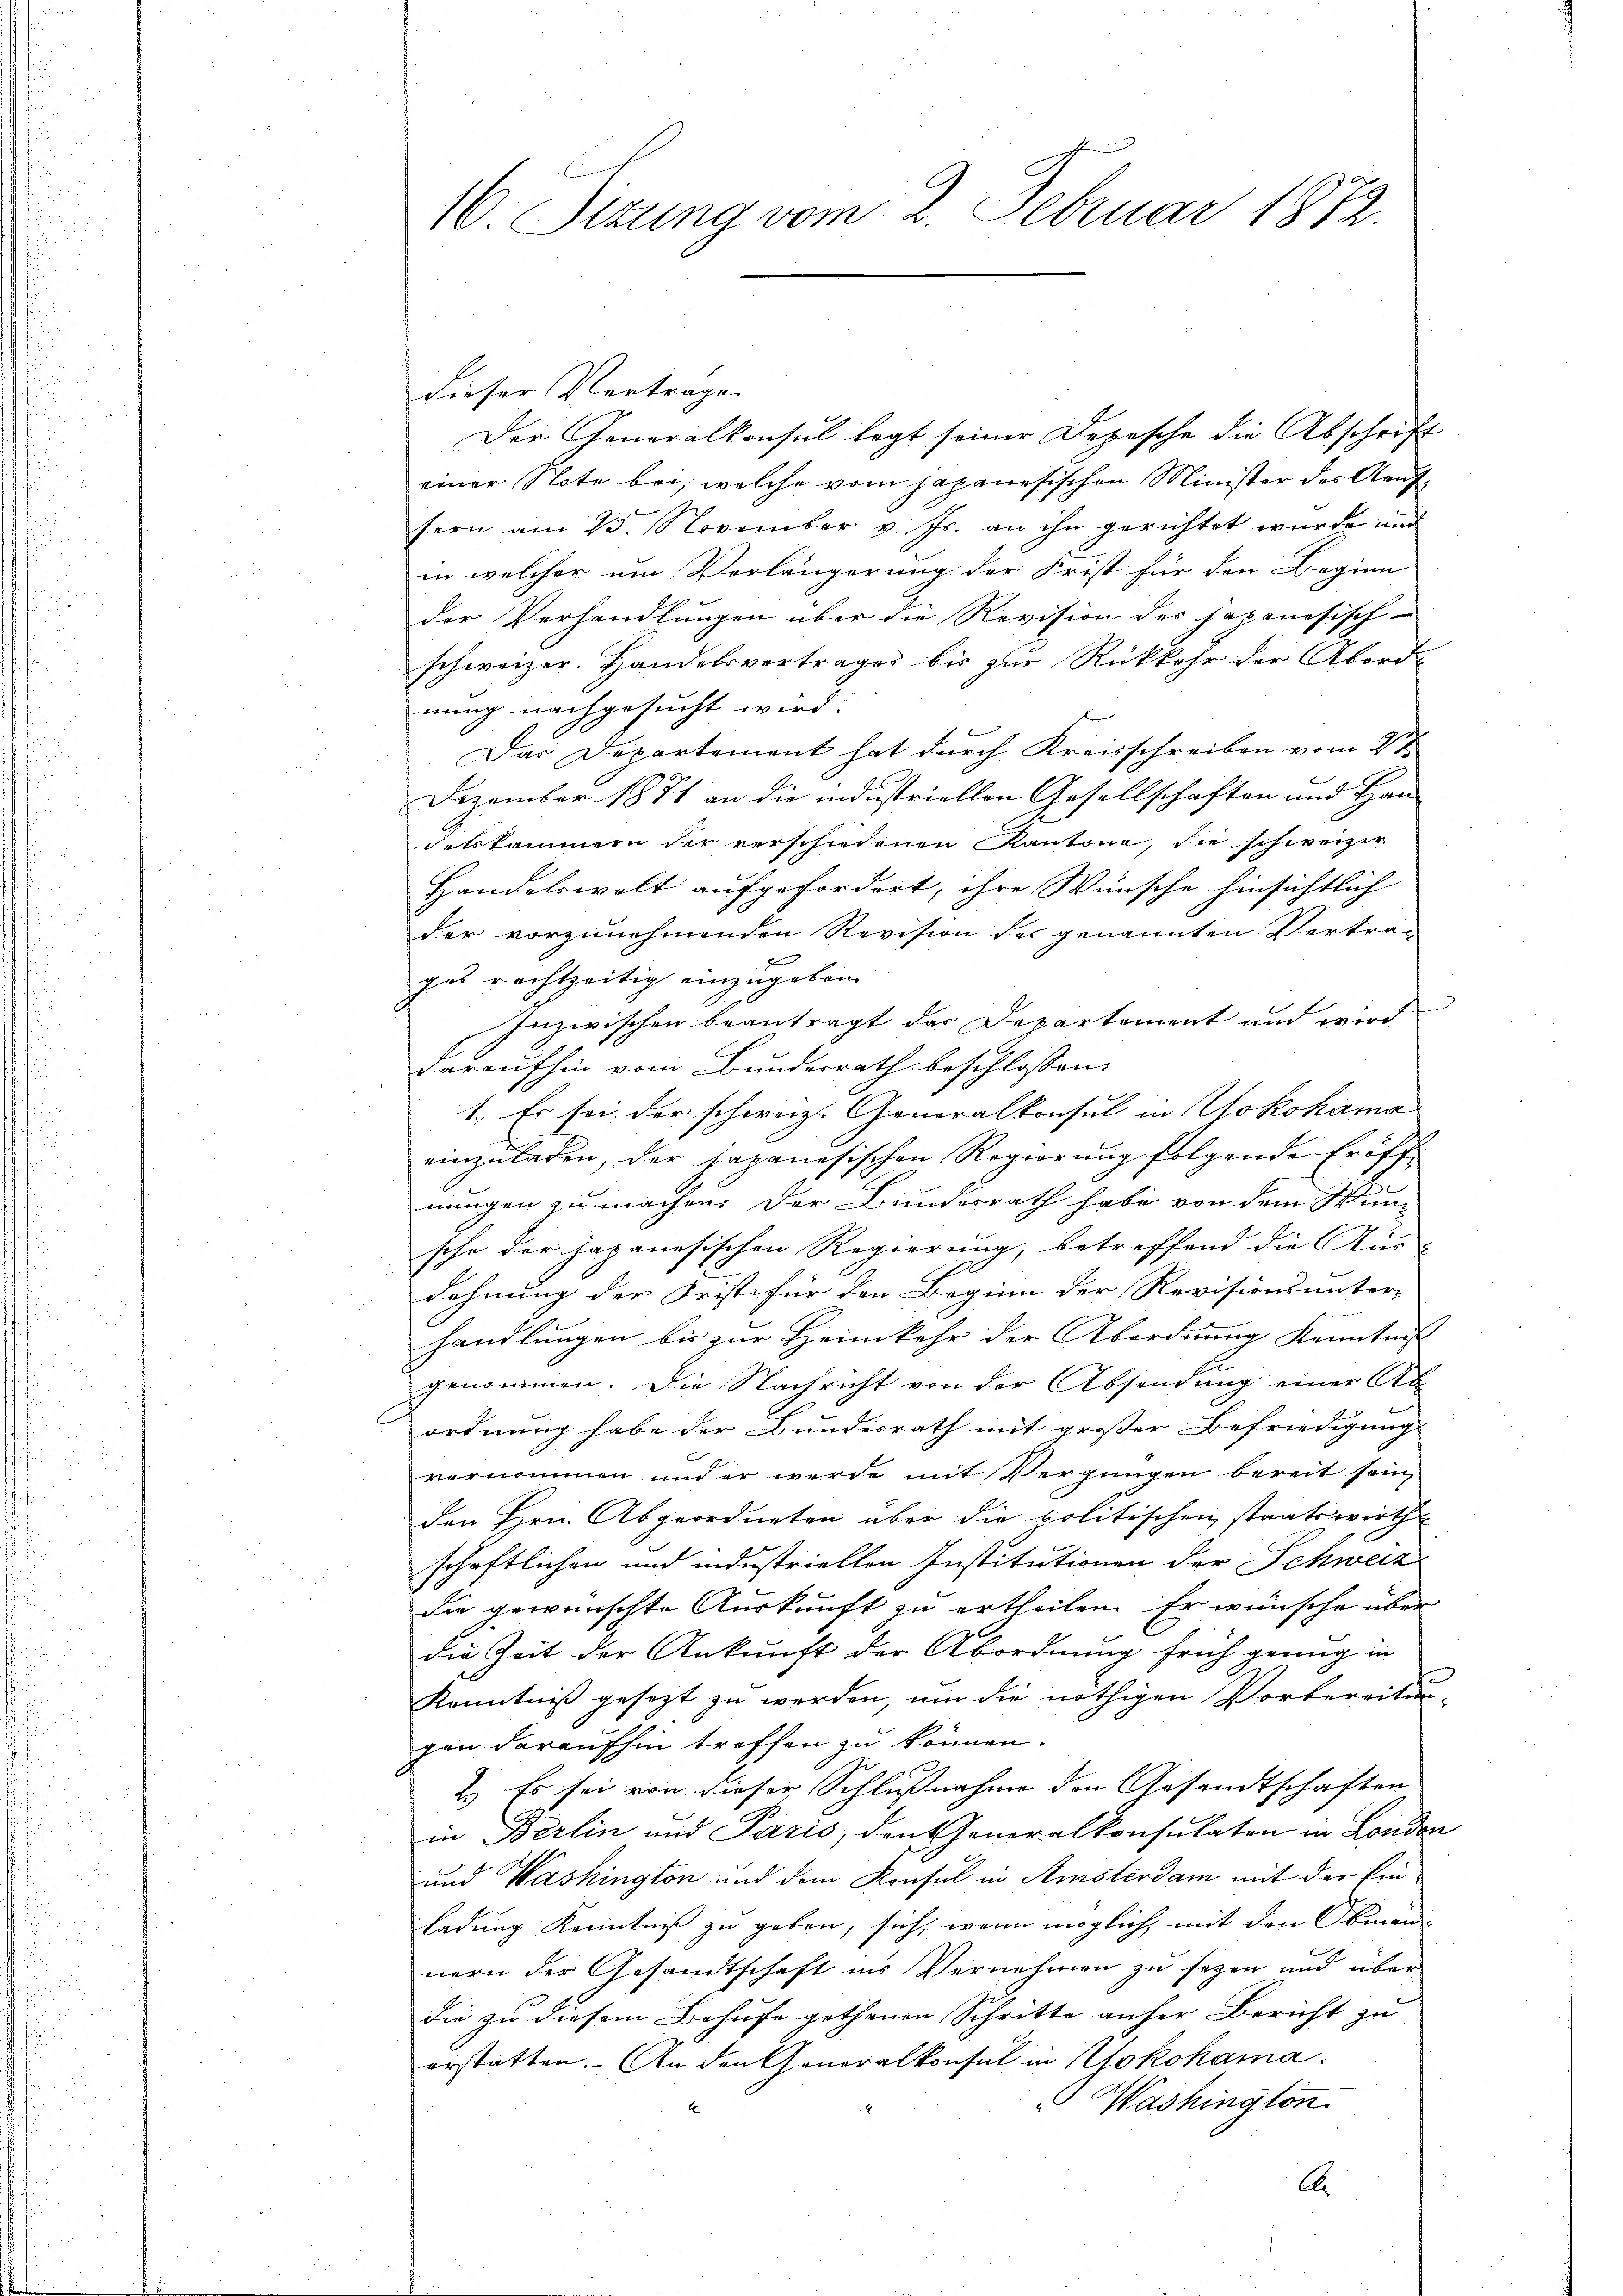
16 Sizung vom 2. Februar 1872.

dieser Vertrage
Der Generalkonsul legt seiner Depesche die Abschrift
einer Note bei, welche vom japanesischen Minister des Aeufsern am 25. November v. Js. an ihn gerichtet wurde und
in welcher um Verlängerung der Frist für den Beginn
der Verhandlungen über die Revision des Japanesisch-
schweizer. Handelsvertrages bis zur Rückkehr der Abord-
nung nachgesucht wird.
Das Departement hat durch Kreisschreiben vom 2te
Dezember 1871 an die industriellen Gesellschaften und Han-
Felskammern der verschiedenen Kantone, die schweizer
Handelswelt aufgefordert, ihre Wünsche hinsichtlich
der vorzunehmenden Revision des genannten Vertra-
gas rechtzeitig einzugeben.
Inzwischen beantragt der Departement und wird
daraufhin vom Bunderrath beschlossen:
1. Es sei der schweiz. Generalkonsul in Yokohama
einzuladen, der japanesischen Regierung folgende Eröffnungen zu machen. Der Bundesrath habe von dem Wun-
2
sche der Japanesischen Regierung, betreffend die Aus-
dehnung der Frist für den Beginn der Revisionsunter-
handlungen bis zur Heimkehr der Abordnung Kenntniß
genommen. Die Nachricht von der Absendung einer Ab
ordnung habe der Bundesrath mit großer Befriedigung
vernommen und er werde mit Vergnügen bereit sein,
den Hrn. Abgeordneten über die politischen staatswirth
schaftlichen und industriellen Institutionen der Schweiz
die gewünschte Auskunft zu ertheilen. Er wünsche über
die Zeit der Ankunft der Abordnung früh genug in
Kenntniß gesezt zu werden, um die nöthigen Vorbereitengen daraufhin treffen zu können.
2.) Es sei von dieser Schlußnahme den Gesandtschaften
in Berlin und Paris, den Generalkonsulaten in London
und Washington und dem Konsul in Amsterdam mit der Einladung Kenntniß zu geben, sich, wenn möglich, mit den Obman-
nern der Gesandtschaft ins Vernehmen zu sezen und über
die zu diesem Behufe gethanen Schritte anher Bericht zu
erstatten. An den Generalkonsul in Yokohama
 Washington
A